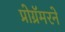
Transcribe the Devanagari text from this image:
प्रोग्रॅमरने